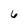
Character: 6